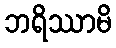
ဘရိဿာမိ